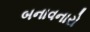
બનાવનારો